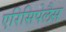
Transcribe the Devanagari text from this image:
एरिसिपेलैस